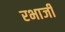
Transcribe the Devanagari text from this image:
रभाजी